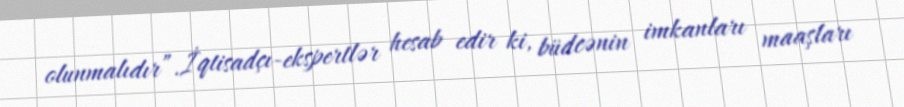
olunmalıdır”.İqtisadçı-ekspertlər hesab edir ki, büdcənin imkanları maaşları